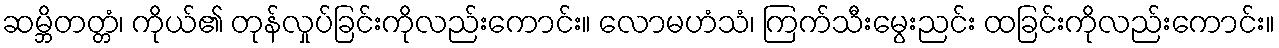
ဆမ္ဘိတတ္တံ၊ ကိုယ်၏ တုန်လှုပ်ခြင်းကိုလည်းကောင်း။ လောမဟံသံ၊ ကြက်သီးမွေးညင်း ထခြင်းကိုလည်းကောင်း။